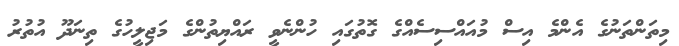
މިތަންތަނުގެ އެންމެ އިސް މުއައްސިސެއްގެ ގޮތުގައި ހުންނެވީ ރައްޔިތުންގެ މަޖިލީހުގެ ތިނަދޫ އުތުުރު